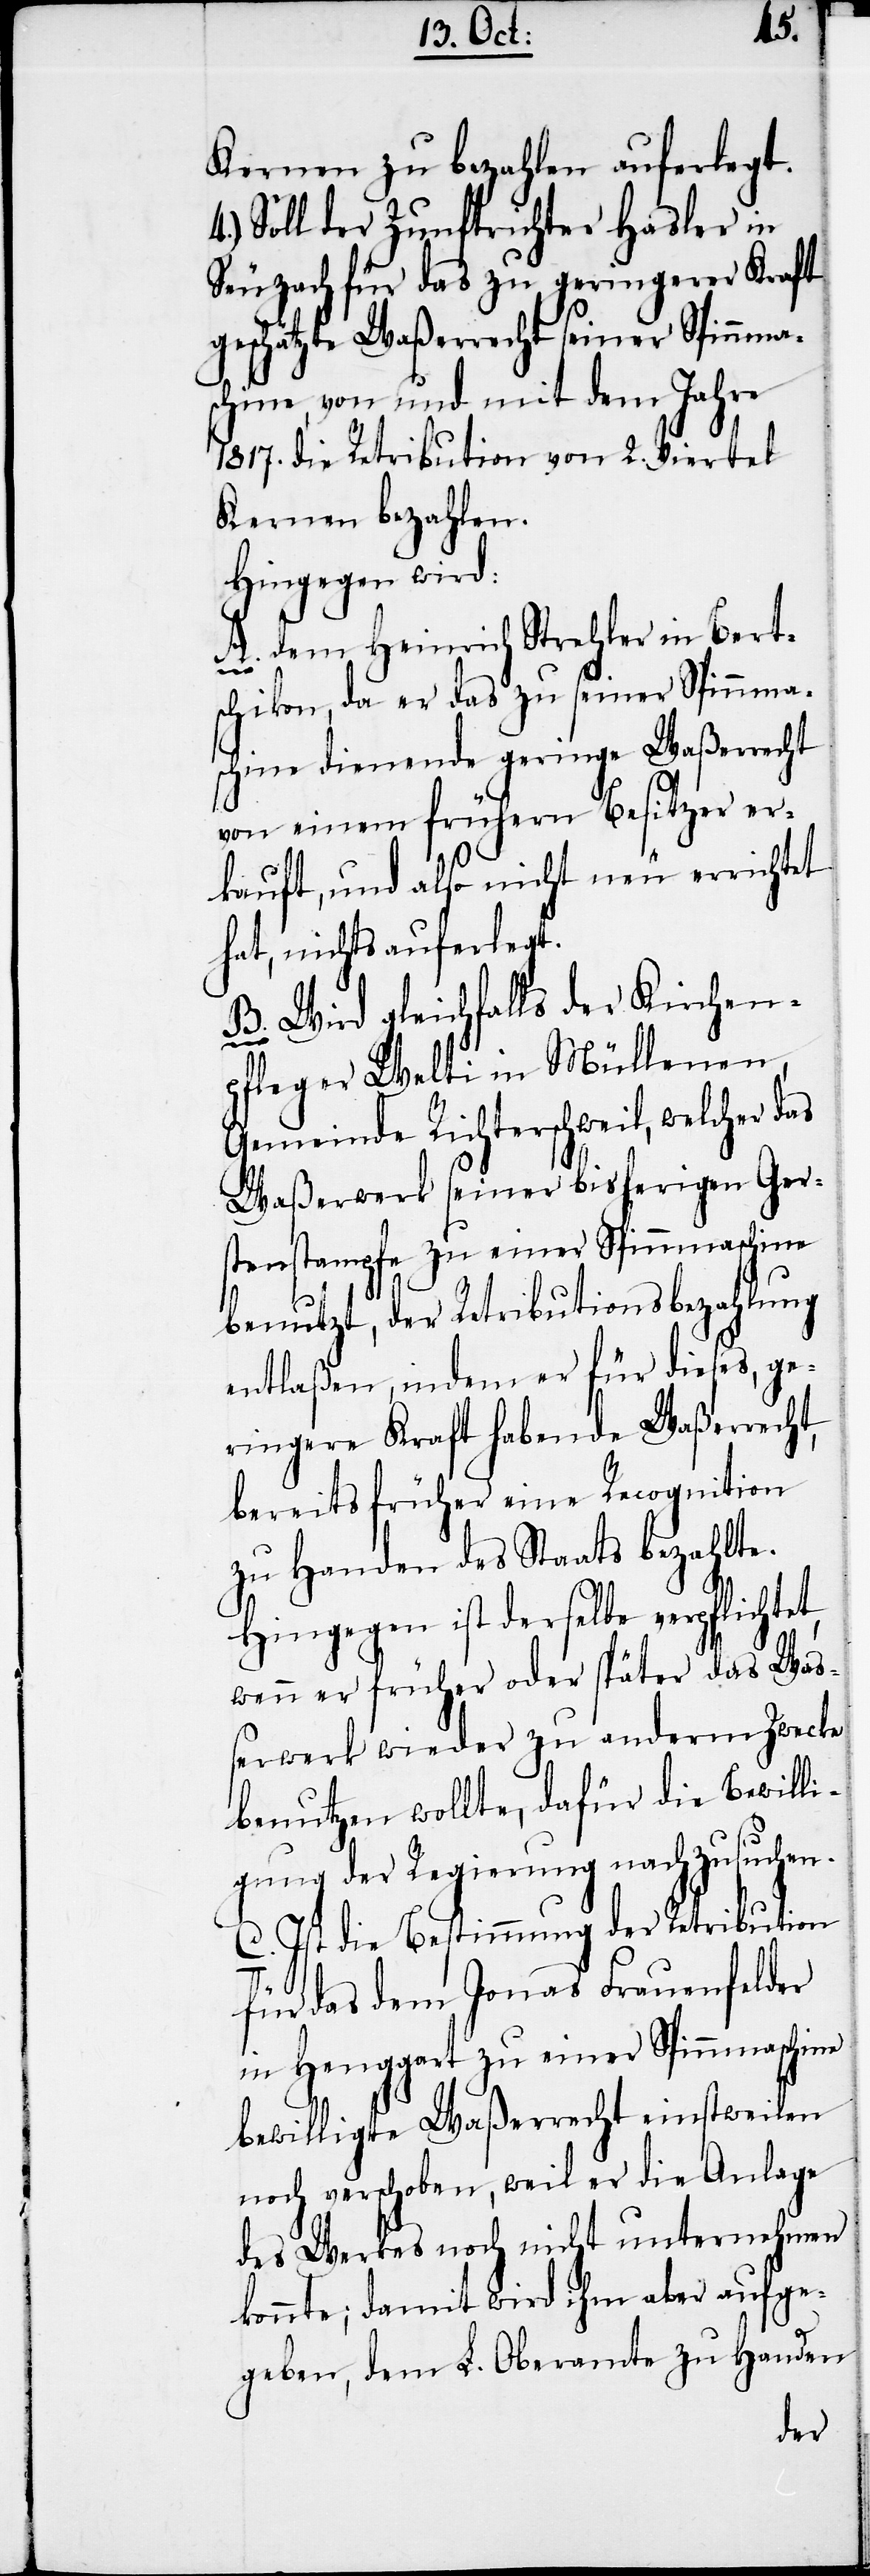
Kernen zu bezahlen auferlegt.
Soll der Zunftrichter Hasler in
Seuzach für das zu geringerer Kraft
geschätzte Waßerrecht seiner Spinnma¬
schine, von und mit dem Jahre
1817. die Retribution von 2. Viertel
Kernen bezahlen.
Hingegen wird:
A. dem Heinrich Strehler in Bert¬
schikon, da er das zu seiner Spinnma¬
schine dienende geringe Waßerrecht
von einem frühern Besitzer er¬
kauft, und also nicht neu errichtet
hat, nichts auferlegt.
B. Wird gleichfalls der Kirchen¬
pfleger Welti in Müllenen,
Gemeinde Richterschweil, welcher das
Waßerwerk seiner bisherigen Ger¬
stenstampfe zu einer Spinnmaschine
benutzt, der Retributionsbezahlung
entlaßen, indem er für dieses, ge¬
ringere Kraft habende Waßerrecht,
bereits früher eine Recognition
zu Handen des Staats bezahlte.
Hingegen ist derselbe verpflichtet,
wenn er früher oder später das Wa¬
ßerwerk wieder zu anderm Zwecke
benutzen wollte, dafür die Bewilli¬
gung der Regierung nachzusuchen.
C. Ist die Bestimmung der Retribution
für das dem Jonas Frauenfelder
in Henggart zu einer Spinnmaschine
bewilligte Waßerrecht einstweilen
noch verschoben, weil er die Anlage
des Werkes noch nicht unternehmen
konnte; damit wird ihm aber aufge¬
geben, dem L. Oberamte zu Handen